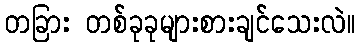
တခြား တစ်ခုခုများစားချင်သေးလဲ။